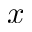
x